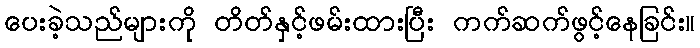
ပေးခဲ့သည်များကို တိတ်နှင့်ဖမ်းထားပြီး ကက်ဆက်ဖွင့်နေခြင်း။